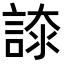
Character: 𧩚